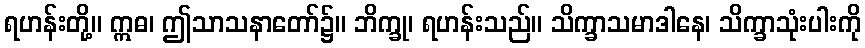
ရဟန်းတို့။ ဣဓ၊ ဤသာသနာတော်၌။ ဘိက္ခု၊ ရဟန်းသည်။ သိက္ခာသမာဒါနေ၊ သိက္ခာသုံးပါးကို